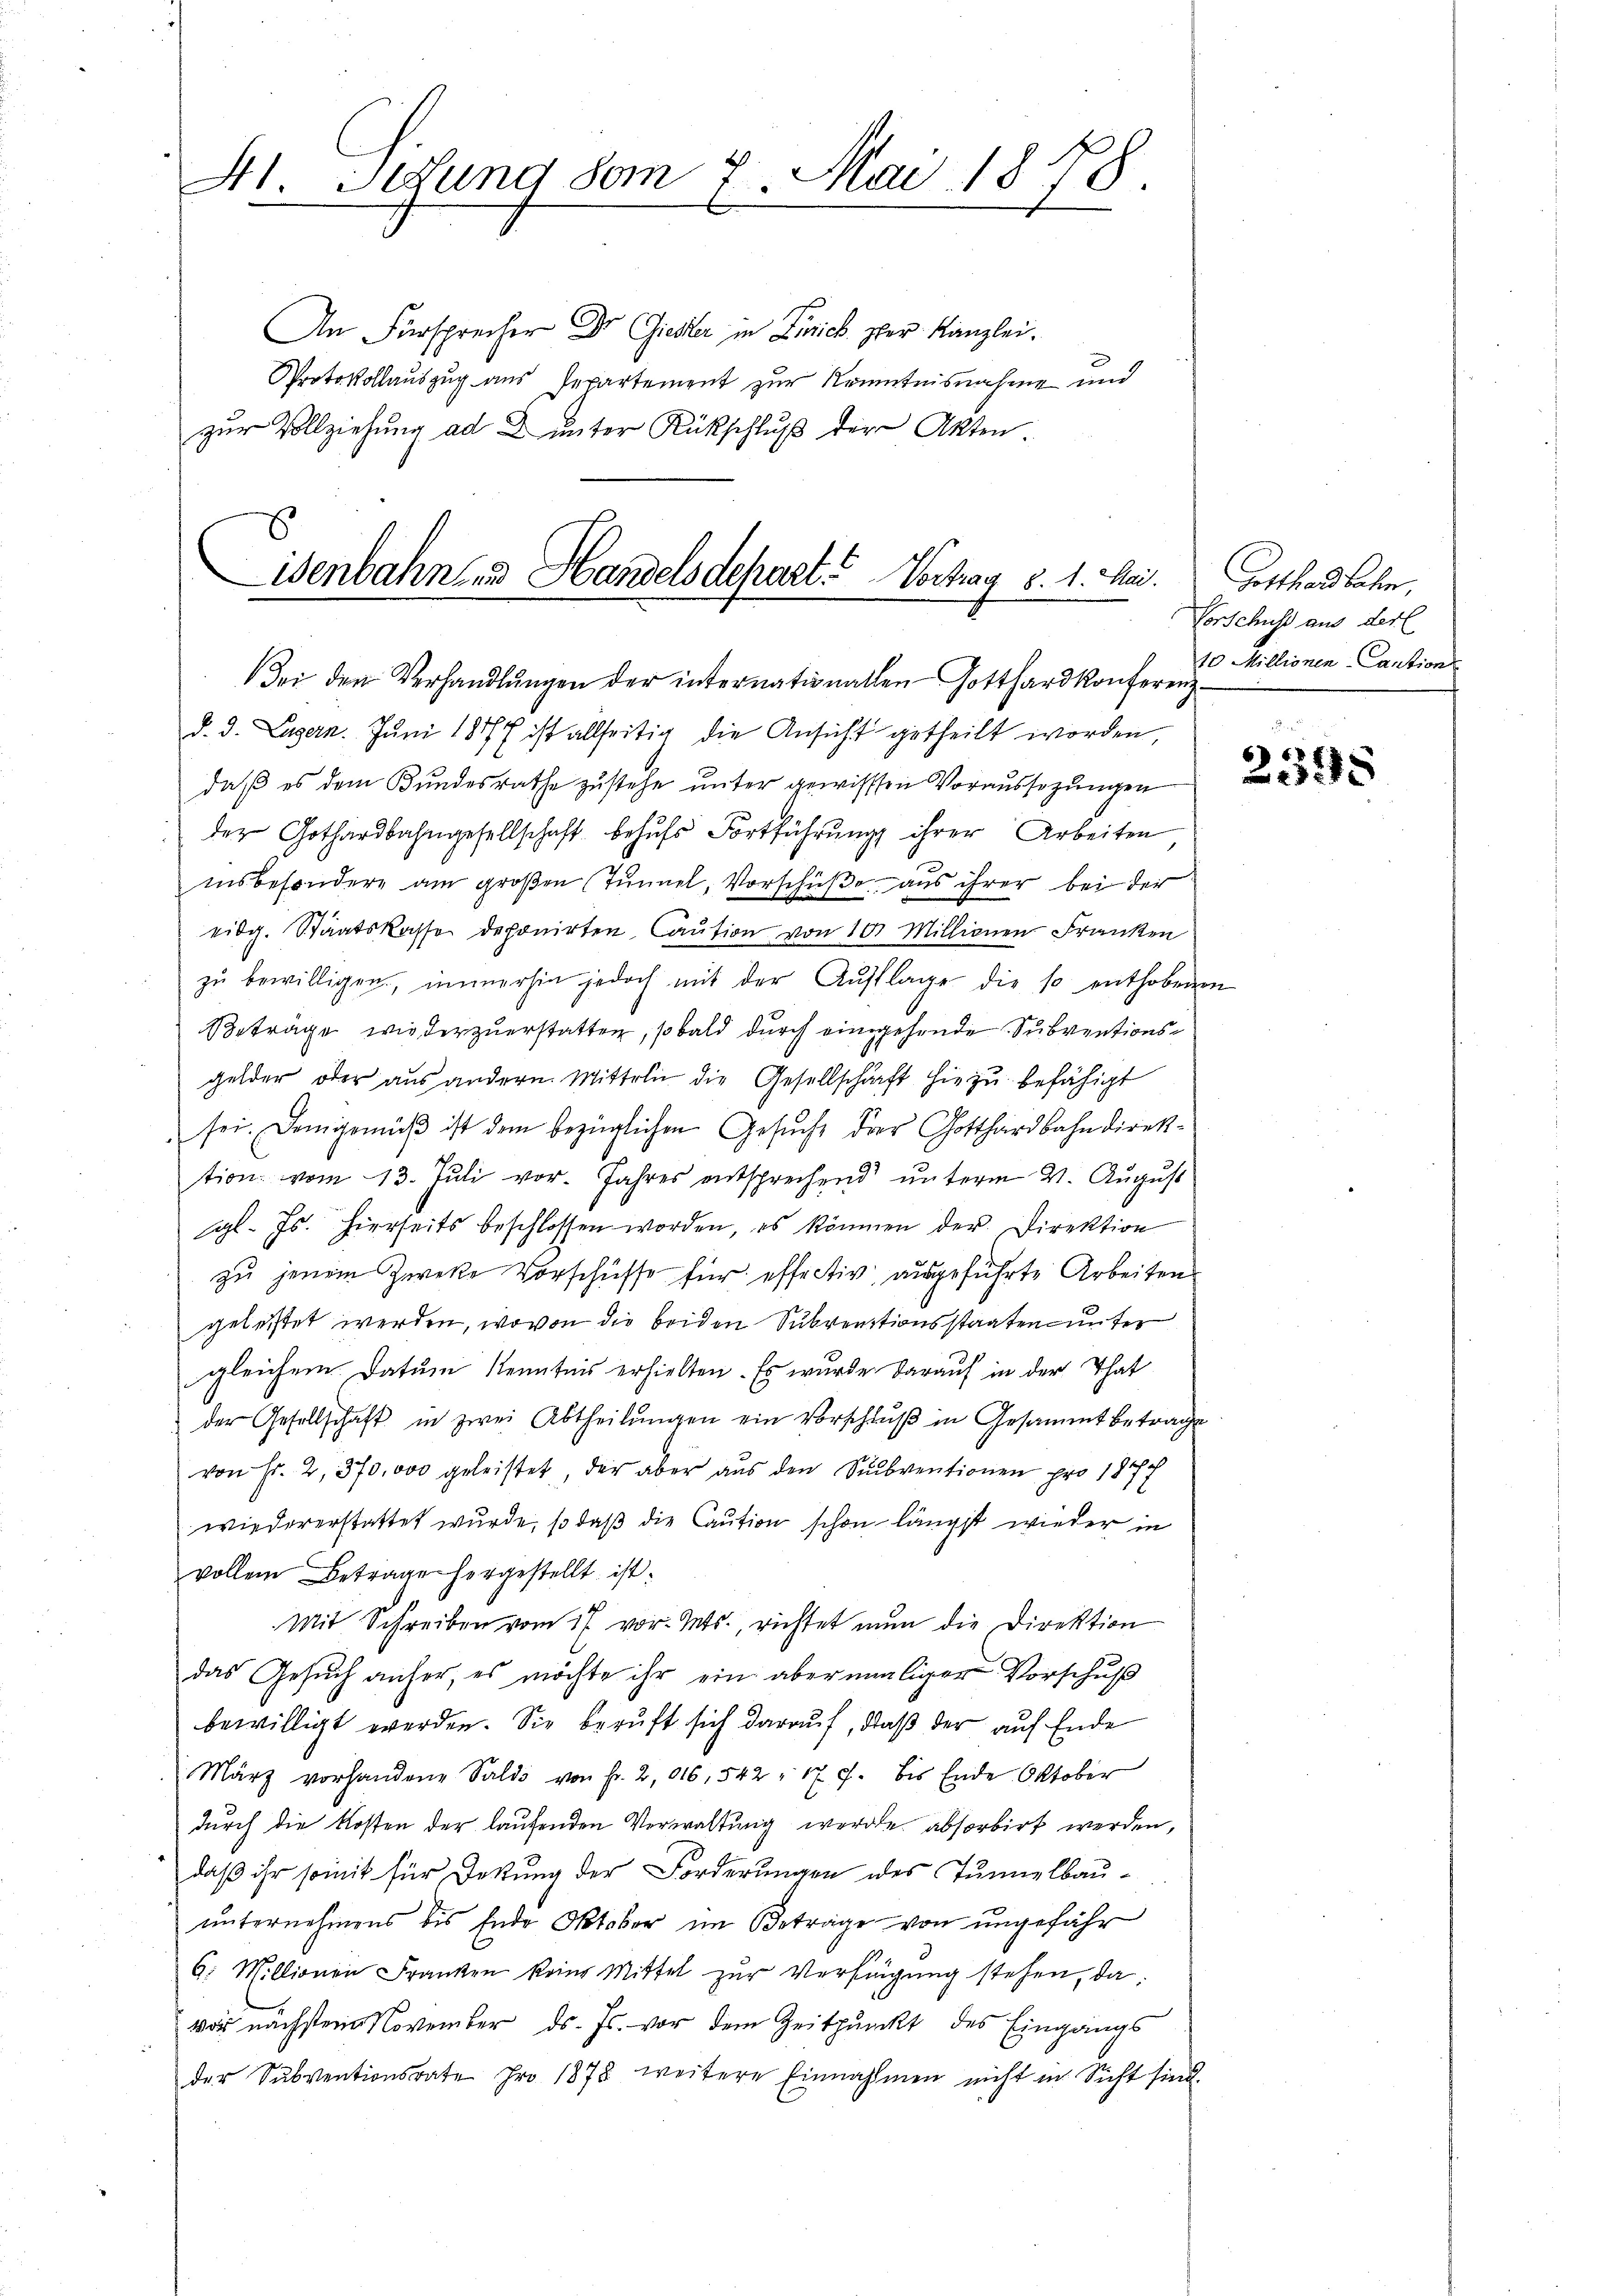
41. Sedung vom 7. Mai 1878.

An Fürsprecher Dr Gieser in Zürich. Der Kanzlei.
Protokollauszug aus Repartement zur Kenntnisnahme und
zur Vollziehung ad 2. unter Rückschluß der Akten

isenbahn und Handelsdepart.“ Vortrag d. 1. Mai.
Bei den Verhandlŭngen der internationallen Gotthardkonferenz-

d. d. Luzern. Juni 1877 ist allseitig die Ansicht getheilt worden,
daβ es dem Bŭndesrathe zŭstehe ŭnter gewissen Voraŭssagŭngen
der Gothardbahngesellschaft behŭfs Fortführŭng ihrer Arbeiten
insbesondere am großen Tunnel, Vorschüße aus ihrer bei der
eidg. Staatskasse deponirten Caution von 10 Millionen Franken
zŭ bewilligen, immerhin jedoch mit der Aŭflage die so enthobenen
Beträge wieder zuerstatten, sobald durch eingehende Subventionsgelder oder aŭs andern. Mitteln die Gesellschaft hiezu befähigt
sei. Demgemäß ist dem bezüglichen Gesuche der Gotthardbahndirektion vom 13. Jŭli vor. Jahres entsprechend ŭnterm 4. August
gl. Js. hierseits beschlossen worden, es können der Direktion
zu jenem Zwecke Vorschüsse für effectiv ausgeführte Arbeiten
geleitet werden, wovon die beiden Subventionsstaaten unter
gleichem Datum Kenntnis erhielten. Es wurde darauf in der That
der Gesellschaft in zwei Abtheilŭngen ein Vorschlŭβ in Gesammtbetrage
von Fr. 2, 370,000 geleistet, der aber aŭs den Sŭbventionen pro 1877
wiedererstattet wurde, so daß die Caution schon längst wieder in
vollem Betrage horgestellt ist:
Mit Schreiben vom 17. vor. Mts., richtet nun die Direktion
das Gesŭch anher, es möchte ihr ein abermaliger Vorschŭβ
bewilligt werden. Sie beruft sich darauf, daß der auf Ende
März vorhandene Saldo von Fr. 2016, 542 - 17 f. bis Ende Oktober
durch die Kosten der laufenden Verwaltung werde absorbirt werden,
daß ihr somit für Dettung der Forderungen des Tunnelbau-
unternehmens bis Ende Oktober im Betrage von ungefähr
G. Millionen Franken keine Mittel zŭr Verfügung stehen, da
vor nächsten November ds. Js. vor dem Zeitpunkt des Eingangs
der Subventionsrate pro 1878 weitere Einnahmen nicht in Sicht sind.

Gotthardbahn,
Vorschuss aus derl
10 Millionen-Caution